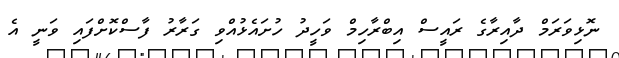
ނޮޅިވަރަމް ދާއިރާގެ ރައީސް އިބްރާހިމް ވަހީދު ހުށައެޅުއްވި ގަރާރު ފާސްކޮށްފައި ވަނީ އެ